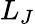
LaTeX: L_{J}